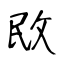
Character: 敃